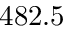
4 8 2 . 5